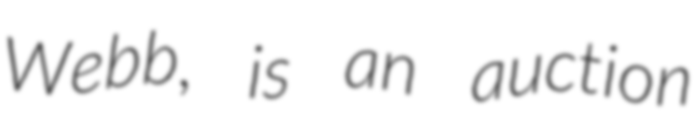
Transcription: Webb, is an auction